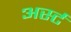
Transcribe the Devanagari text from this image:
अर्स्ट